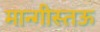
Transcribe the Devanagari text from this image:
मान्गीस्तऊ